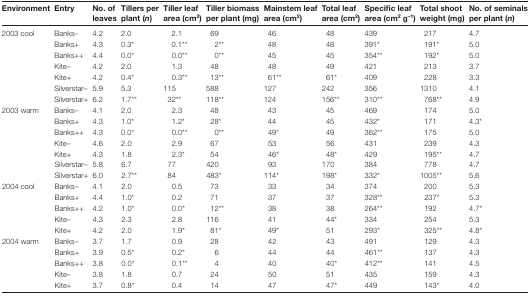
<table><thead><tr><td><b>Environment</b></td><td><b>Entry</b></td><td><b>No. of leaves</b></td><td><b>Tillers per plant (<i>n</i>)</b></td><td><b>Tiller leaf area (cm<sup>2</sup>)</b></td><td><b>Tiller biomass per plant (mg)</b></td><td><b>Mainstem leaf area (cm<sup>2</sup>)</b></td><td><b>Total leaf area (cm<sup>2</sup>)</b></td><td><b>Specific leaf area (cm<sup>2</sup> g<sup>–1</sup>)</b></td><td><b>Total shoot weight (mg)</b></td><td><b>No. of seminals per plant (<i>n</i>)</b></td></tr></thead><tbody><tr><td>2003 cool</td><td>Banks–</td><td>4.2</td><td>2.0</td><td>2.1</td><td>69</td><td>46</td><td>48</td><td>439</td><td>217</td><td>4.7</td></tr><tr><td></td><td>Banks+</td><td>4.3</td><td>0.3*</td><td>0.1**</td><td>2**</td><td>48</td><td>48</td><td>391*</td><td>191*</td><td>5.0</td></tr><tr><td></td><td>Banks++</td><td>4.4</td><td>0.0*</td><td>0.0**</td><td>0**</td><td>45</td><td>45</td><td>354**</td><td>192*</td><td>5.0</td></tr><tr><td></td><td>Kite–</td><td>4.2</td><td>2.0</td><td>1.3</td><td>48</td><td>48</td><td>49</td><td>421</td><td>213</td><td>3.7</td></tr><tr><td></td><td>Kite+</td><td>4.2</td><td>0.4*</td><td>0.3**</td><td>13**</td><td>61**</td><td>61*</td><td>409</td><td>228</td><td>3.3</td></tr><tr><td></td><td>Silverstar–</td><td>5.9</td><td>5.3</td><td>115</td><td>588</td><td>127</td><td>242</td><td>356</td><td>1310</td><td>4.1</td></tr><tr><td></td><td>Silverstar+</td><td>6.2</td><td>1.7**</td><td>32**</td><td>118**</td><td>124</td><td>156**</td><td>310**</td><td>768**</td><td>4.9</td></tr><tr><td>2003 warm</td><td>Banks–</td><td>4.1</td><td>2.0</td><td>2.3</td><td>48</td><td>43</td><td>45</td><td>469</td><td>174</td><td>5.0</td></tr><tr><td></td><td>Banks+</td><td>4.3</td><td>1.0*</td><td>1.2*</td><td>28*</td><td>44</td><td>45</td><td>432*</td><td>171</td><td>4.3*</td></tr><tr><td></td><td>Banks++</td><td>4.3</td><td>0.0*</td><td>0.0**</td><td>0**</td><td>49*</td><td>49</td><td>362**</td><td>175</td><td>5.0</td></tr><tr><td></td><td>Kite–</td><td>4.6</td><td>2.0</td><td>2.9</td><td>67</td><td>53</td><td>56</td><td>431</td><td>239</td><td>4.3</td></tr><tr><td></td><td>Kite+</td><td>4.3</td><td>1.8</td><td>2.3*</td><td>54</td><td>46*</td><td>48*</td><td>429</td><td>195**</td><td>4.7</td></tr><tr><td></td><td>Silverstar–</td><td>5.8</td><td>6.7</td><td>77</td><td>420</td><td>93</td><td>170</td><td>384</td><td>778</td><td>4.7</td></tr><tr><td></td><td>Silverstar+</td><td>6.0</td><td>2.7**</td><td>84</td><td>483*</td><td>114*</td><td>198*</td><td>332*</td><td>1005**</td><td>5.6</td></tr><tr><td>2004 cool</td><td>Banks–</td><td>4.1</td><td>2.0</td><td>0.5</td><td>73</td><td>33</td><td>34</td><td>374</td><td>200</td><td>5.3</td></tr><tr><td></td><td>Banks+</td><td>4.4</td><td>1.0*</td><td>0.2</td><td>71</td><td>37</td><td>37</td><td>328**</td><td>237*</td><td>5.3</td></tr><tr><td></td><td>Banks++</td><td>4.2</td><td>1.0*</td><td>0.0*</td><td>12**</td><td>38</td><td>38</td><td>264**</td><td>192</td><td>4.7*</td></tr><tr><td></td><td>Kite–</td><td>4.3</td><td>2.3</td><td>2.8</td><td>116</td><td>41</td><td>44*</td><td>334</td><td>254</td><td>5.3</td></tr><tr><td></td><td>Kite+</td><td>4.2</td><td>2.0</td><td>1.9*</td><td>81*</td><td>49*</td><td>51</td><td>293*</td><td>325**</td><td>4.8*</td></tr><tr><td>2004 warm</td><td>Banks–</td><td>3.7</td><td>1.7</td><td>0.9</td><td>28</td><td>42</td><td>43</td><td>491</td><td>129</td><td>4.3</td></tr><tr><td></td><td>Banks+</td><td>3.9</td><td>0.5*</td><td>0.2*</td><td>6</td><td>44</td><td>44</td><td>461**</td><td>137</td><td>4.3</td></tr><tr><td></td><td>Banks++</td><td>3.8</td><td>0.0*</td><td>0.1**</td><td>4</td><td>40</td><td>40*</td><td>412**</td><td>141</td><td>4.5</td></tr><tr><td></td><td>Kite–</td><td>3.8</td><td>1.8</td><td>0.7</td><td>24</td><td>50</td><td>51</td><td>435</td><td>159</td><td>4.3</td></tr><tr><td></td><td>Kite+</td><td>3.7</td><td>0.8*</td><td>0.4</td><td>14</td><td>47</td><td>47*</td><td>449</td><td>143*</td><td>4.0</td></tr></tbody></table>